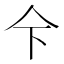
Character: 𱎜